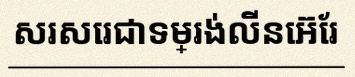
សរសេរជាទម្រង់លីនេអ៊ែរ